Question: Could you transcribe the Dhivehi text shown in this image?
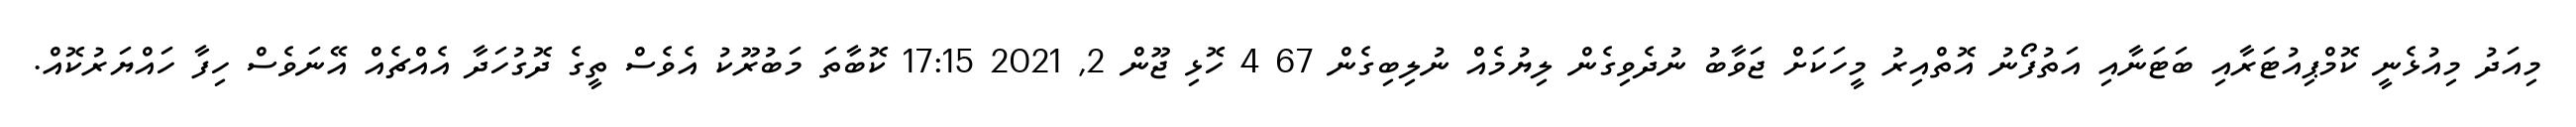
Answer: މިއަދު މިއުޅެނީ ކޮމްޕިއުޓަރާއި ބަޓަނާއި އަތުފޯނު އޮތްއިރު މީހަކަށް ޖަވާބު ނުދެވިގެން ލިޔުމެއް ނުލިބިގެން 67 4 ހޮޅި ޖޫން 2, 2021 17:15 ކޮބާތަ މަބުރޫކު އެވެސް ތީގެ ދޮގުހަދާ އެއްޗެއް އޭނަވެސް ހިފާ ހައްޔަރުކޮއް.